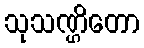
သုသဏ္ဌိတော